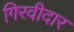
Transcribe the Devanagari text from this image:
गिरवीदार